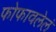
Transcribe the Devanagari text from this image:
फोफावलेलं